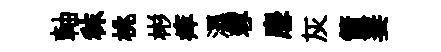
軸秣桃彬痒濕蓉麐灰箭萋